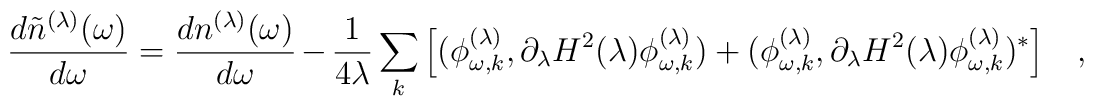
{d\tilde{n}^{(\lambda)}(\omega)  \over d\omega}={dn^{(\lambda)}(\omega)  \over d\omega}-{1 \over 4\lambda}\sum_k\left[(\phi^{(\lambda)}_{\omega,k}, \partial_\lambda H^2(\lambda)\phi_{\omega,k}^{(\lambda)})+(\phi^{(\lambda)}_{\omega,k}, \partial_\lambda H^2(\lambda)\phi_{\omega,k}^{(\lambda)})^{*}\right]~~~,